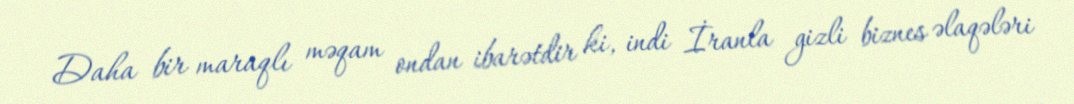
Daha bir maraqlı məqam ondan ibarətdir ki, indi İranla gizli biznes əlaqələri